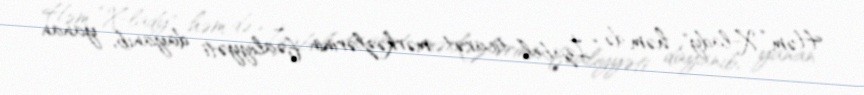
Həm “X-lady", həm də “İzabel” ticarət mərkəzlərinin fəaliyyəti dayanıb, yanan